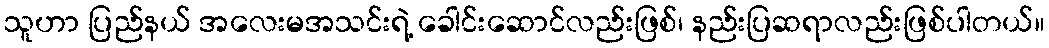
သူဟာ ပြည်နယ် အလေးမအသင်းရဲ့ ခေါင်းဆောင်လည်းဖြစ်၊ နည်းပြဆရာလည်းဖြစ်ပါတယ်။